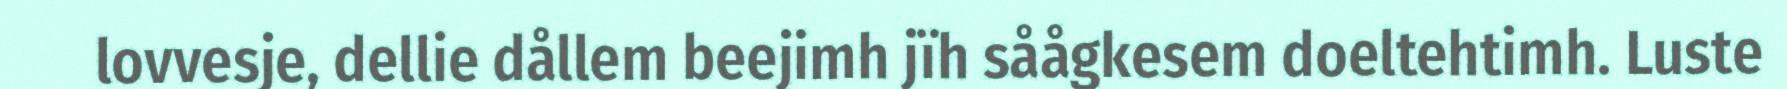
lovvesje, dellie dållem beejimh jïh såågkesem doeltehtimh. Luste